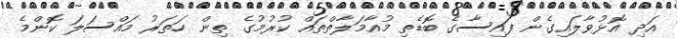
އަދި އޮޅުވާލައިގެން ފައިސާގެ ބޮޑެތި މުއާމަލާތްތައް ކުރުމުގެ ތިން ހަތަރު މައްސަލަ ކޮންމެ